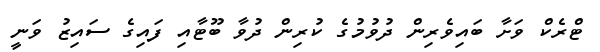
ޓްރެކް ވަށާ ބައިވެރިން ދުވުމުގެ ކުރިން ދުވާ ބޫޓާއި ފައިގެ ސައިޒު ވަނީ